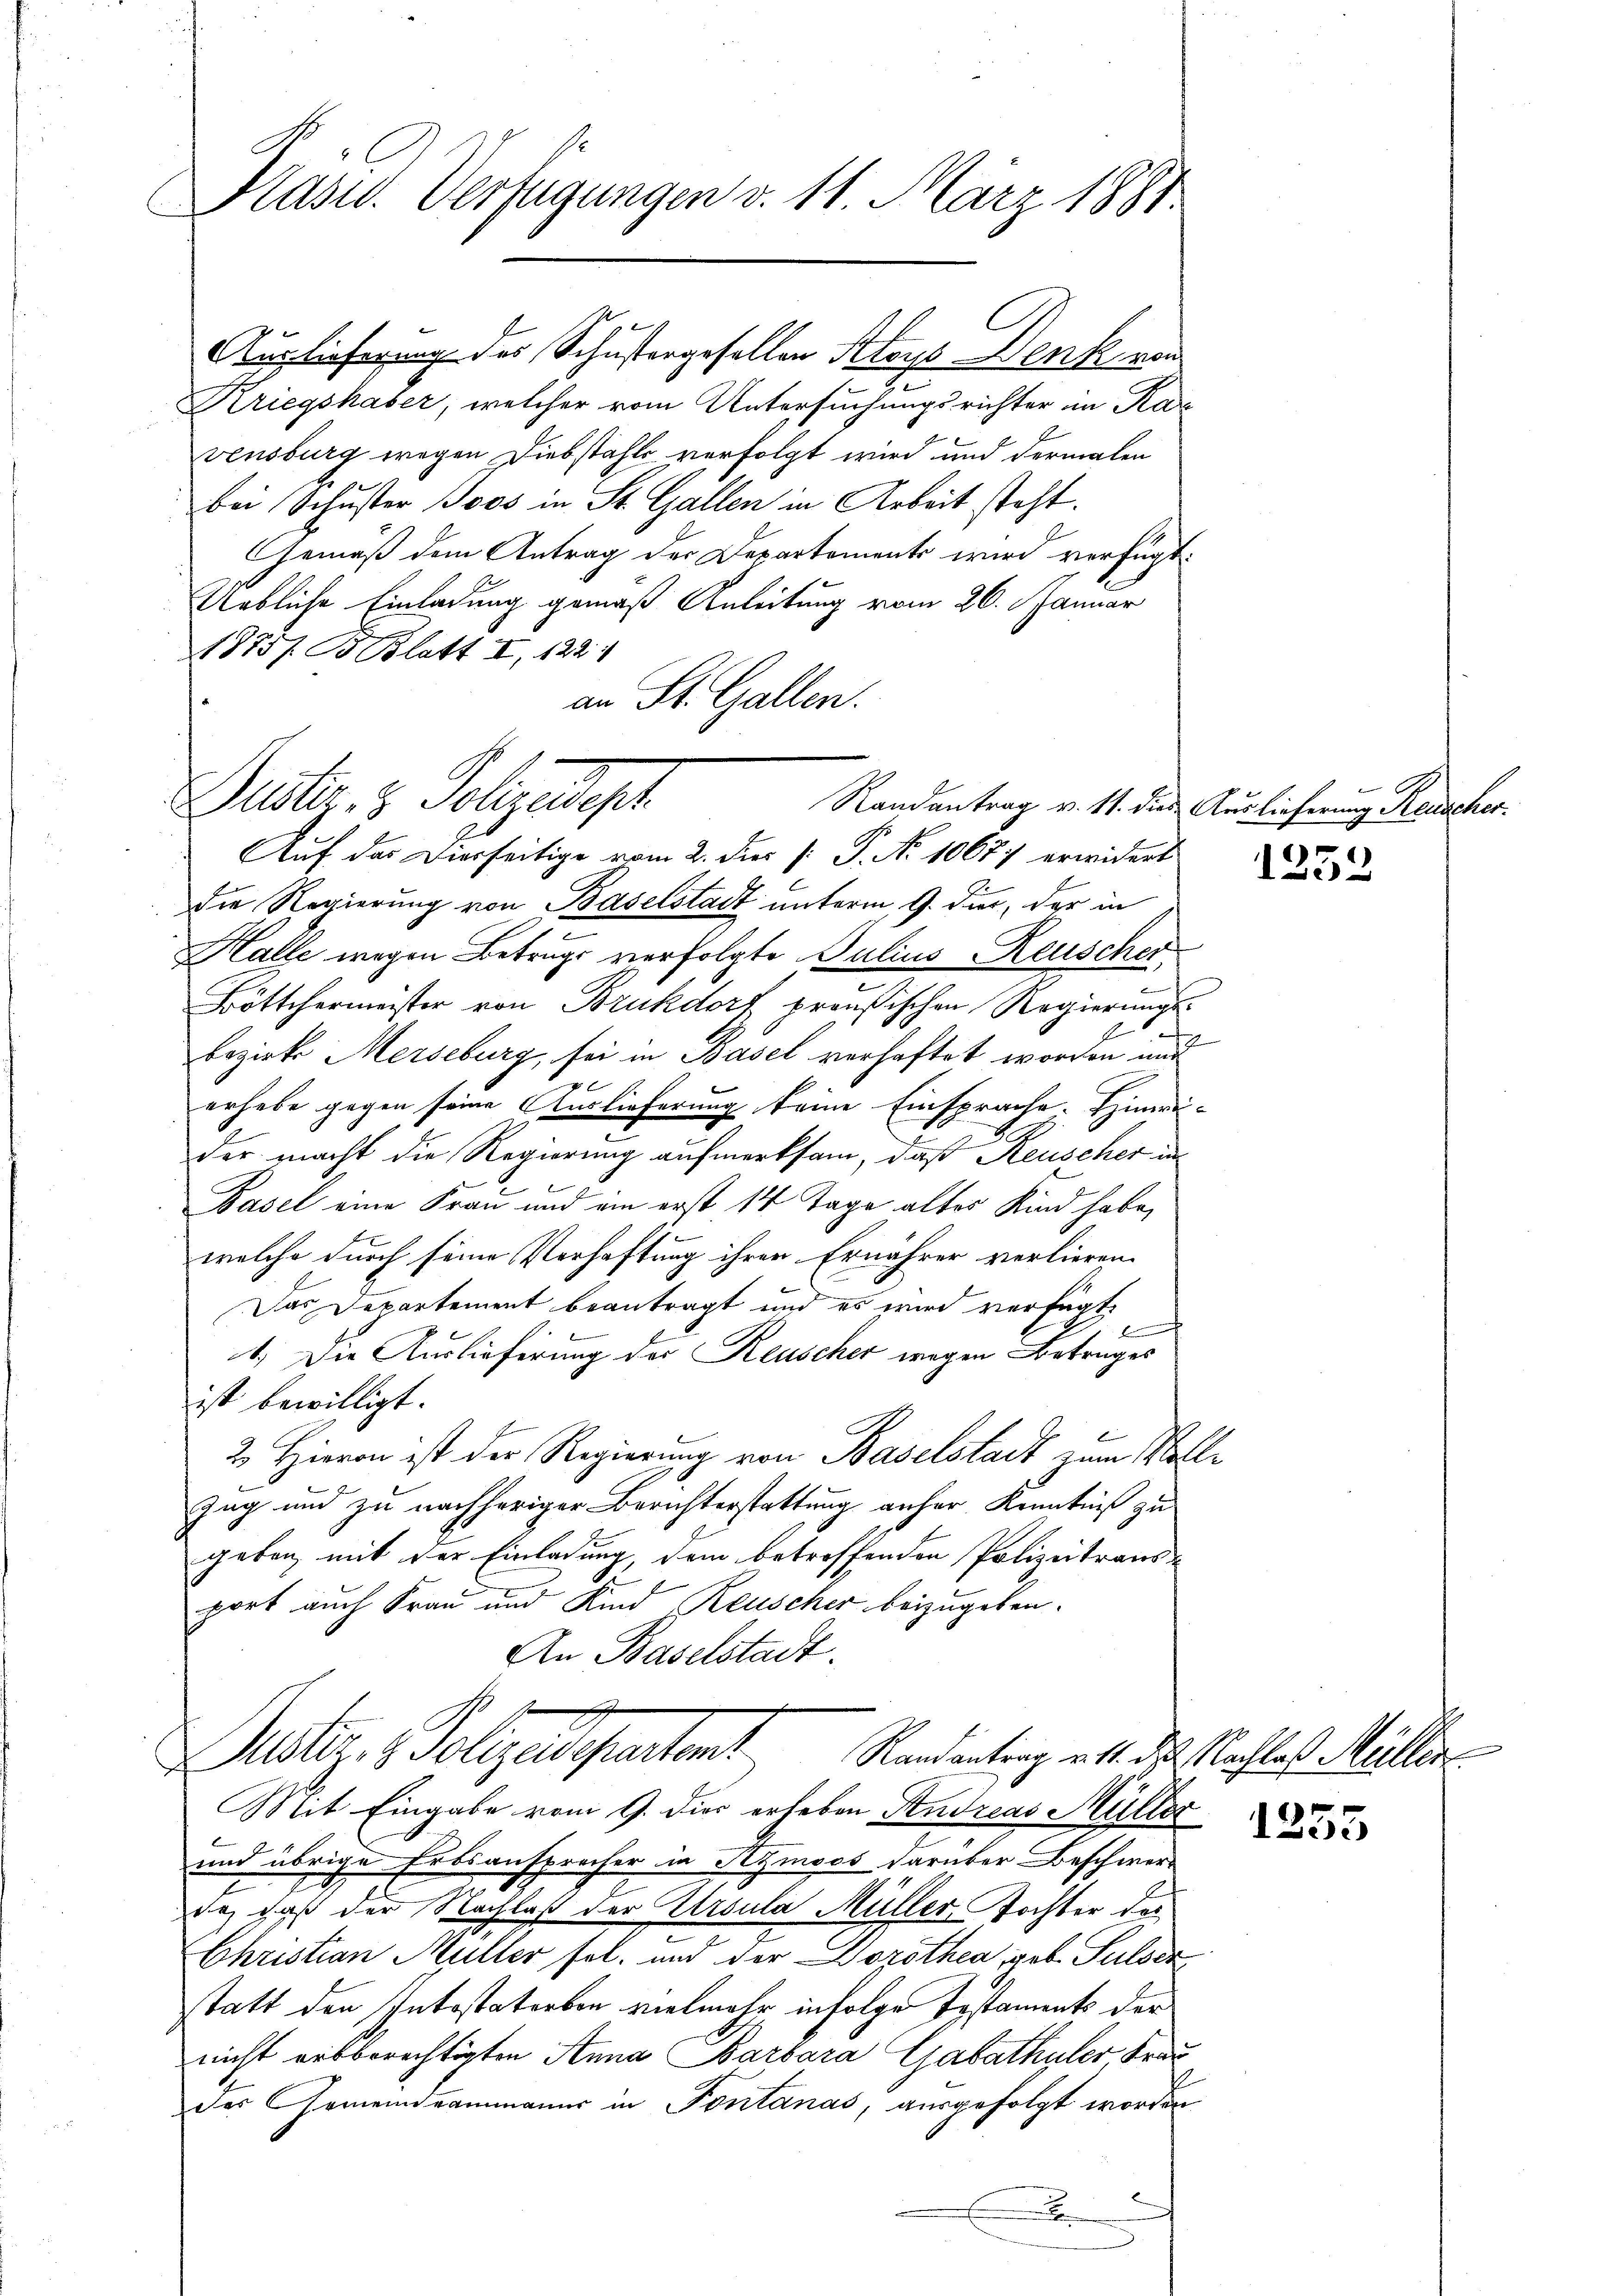
Präsid. Verfügungen v. 11. März 1881

Auslieferung des Schustergesellen Aloys Denk von
Kriegshaber, welcher vom Untersuchungsrichter in Ka
vensburg wegen Diebstahls verfolgt wird und dermalen
bei Schuster Joos in St. Gallen in Arbeit steht.
Gemäß dem Antrag der Departements wird verfügt:
Uebliche Einladung gemäß Anleitung vom 26. Januar
1875/ B. Blatt I, 122.
an St. Gallen.

Dester. 2 Polizeisost
Randantrag v. 11. dies Auslieferung Rauscher

Mit Eingabe vom 9. dies erheben Andreas Müller
und übrige Erbsansprecher in Aymoos darüber Beschwerdie, daß der Nachlaß der Ursula Müller, Tochter des
Christian Müller fol. und der Dorothea geb. Pulder
statt den Intestatorben vielmehr infolge Testaments der
nicht ausberechtigten Anna Barbara Gabathaler Frau
des Gemeindeammanns in Fontanas, ausgefolgt worden,

Auf das Dierseitige vom 2. Dies [: P. No 10677 erwidert
die Regierung von Baselstadt unterm 9. dies, der in
Halle wegen Betrugs verfolgte Julius Reuscher
e
Böttchermeister von Brukdorf preußischen Regierungs¬
Bezirk Merseburg, sei in Basel verhaftet worden und
f
erhabe gegen seine Auslieferung keine Einsprache. Hinweider macht die Regierung aufmerksam, daß Reuscher in
Basel eine Frau und ain erst 14 Tage alter Kind habe,
welche durch seine Verhaftung ihrer Ernährer verlieren.
Das Departement beantragt und es wird verfügt
1.) Die Auslieferung der Reuscher wegen Betruges
ist bewilligt.
2. Hievon ist der Regierung von Baselstadt zum Wolle
Zug und zu nachheriger Berichterstattung anher Kenntniß zu
geben, mit der Einladung, dem betreffenden Polizeitraus-
port auch Frau und Kind Reuscher beizugeben.
An Baselstadt.

Mater, 1 Polizendepartent Randantrag all die Nachtes Müller

1252

1355